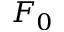
F _ { 0 }